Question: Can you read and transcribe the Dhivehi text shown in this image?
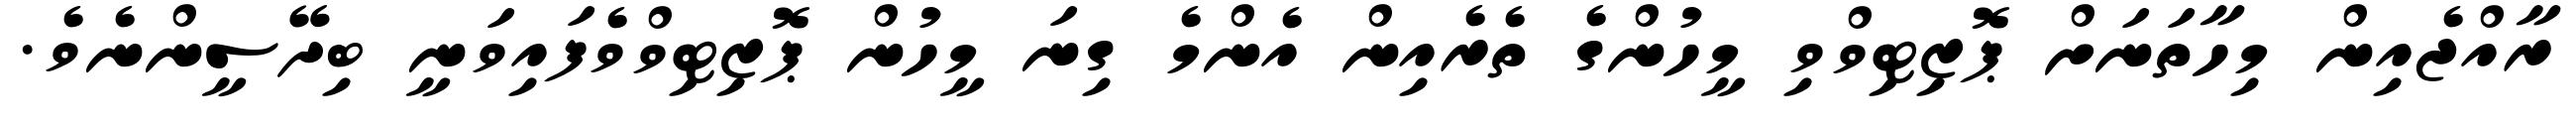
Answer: ރާއްޖެއިން މިހާތަނަށް ޕޮޒިޓިވްވި މީހުންގެ ތެރެއިން އެންމެ ގިނަ މީހުން ޕޮޒިޓިވްވެފައިވަނީ ބިދޭސީންނެވެ.